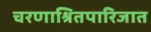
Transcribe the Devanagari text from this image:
चरणाश्रितपारिजात